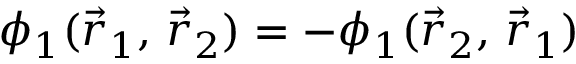
\phi _ { 1 } ( { \vec { r } } _ { 1 } , \, { \vec { r } } _ { 2 } ) = - \phi _ { 1 } ( { \vec { r } } _ { 2 } , \, { \vec { r } } _ { 1 } )